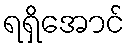
ရရှိအောင်